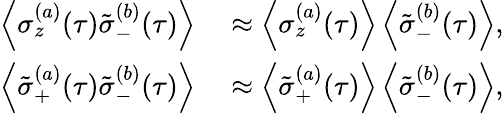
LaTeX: \begin{array}{rl}{\left\langle\sigma_{z}^{(a)}(\tau)\tilde{\sigma}_{-}^{(b)}(\tau)\right\rangle}&{{}\approx\left\langle\sigma_{z}^{(a)}(\tau)\right\rangle\left\langle\tilde{\sigma}_{-}^{(b)}(\tau)\right\rangle,}\\ {\left\langle\tilde{\sigma}_{+}^{(a)}(\tau)\tilde{\sigma}_{-}^{(b)}(\tau)\right\rangle}&{{}\approx\left\langle\tilde{\sigma}_{+}^{(a)}(\tau)\right\rangle\left\langle\tilde{\sigma}_{-}^{(b)}(\tau)\right\rangle,}\end{array}